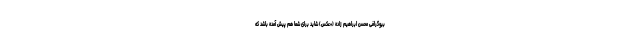
بیوگرافی محسن ابراهیم زاده (+عکس) شاید برای شما هم پیش آمده باشد که